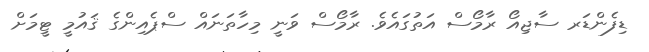
ޑިފެންޑަރ ސާޖިއޯ ރާމޯސް އަތުގައެވެ. ރާމޯސް ވަނީ މިހާތަނައް ސްޕެއިންގެ ޤައުމީ ޓީމަށް